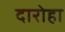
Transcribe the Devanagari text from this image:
दारोहा